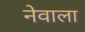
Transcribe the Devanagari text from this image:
नेवाला